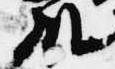
殿